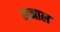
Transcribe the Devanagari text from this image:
सनाल